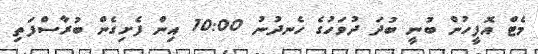
މެޓް އޮފީހުން ބުނީ ބުދަ ދުވަހުގެ ހެނދުނު 10:00 އިން ފެށިގެން ބުރާސްފަތި